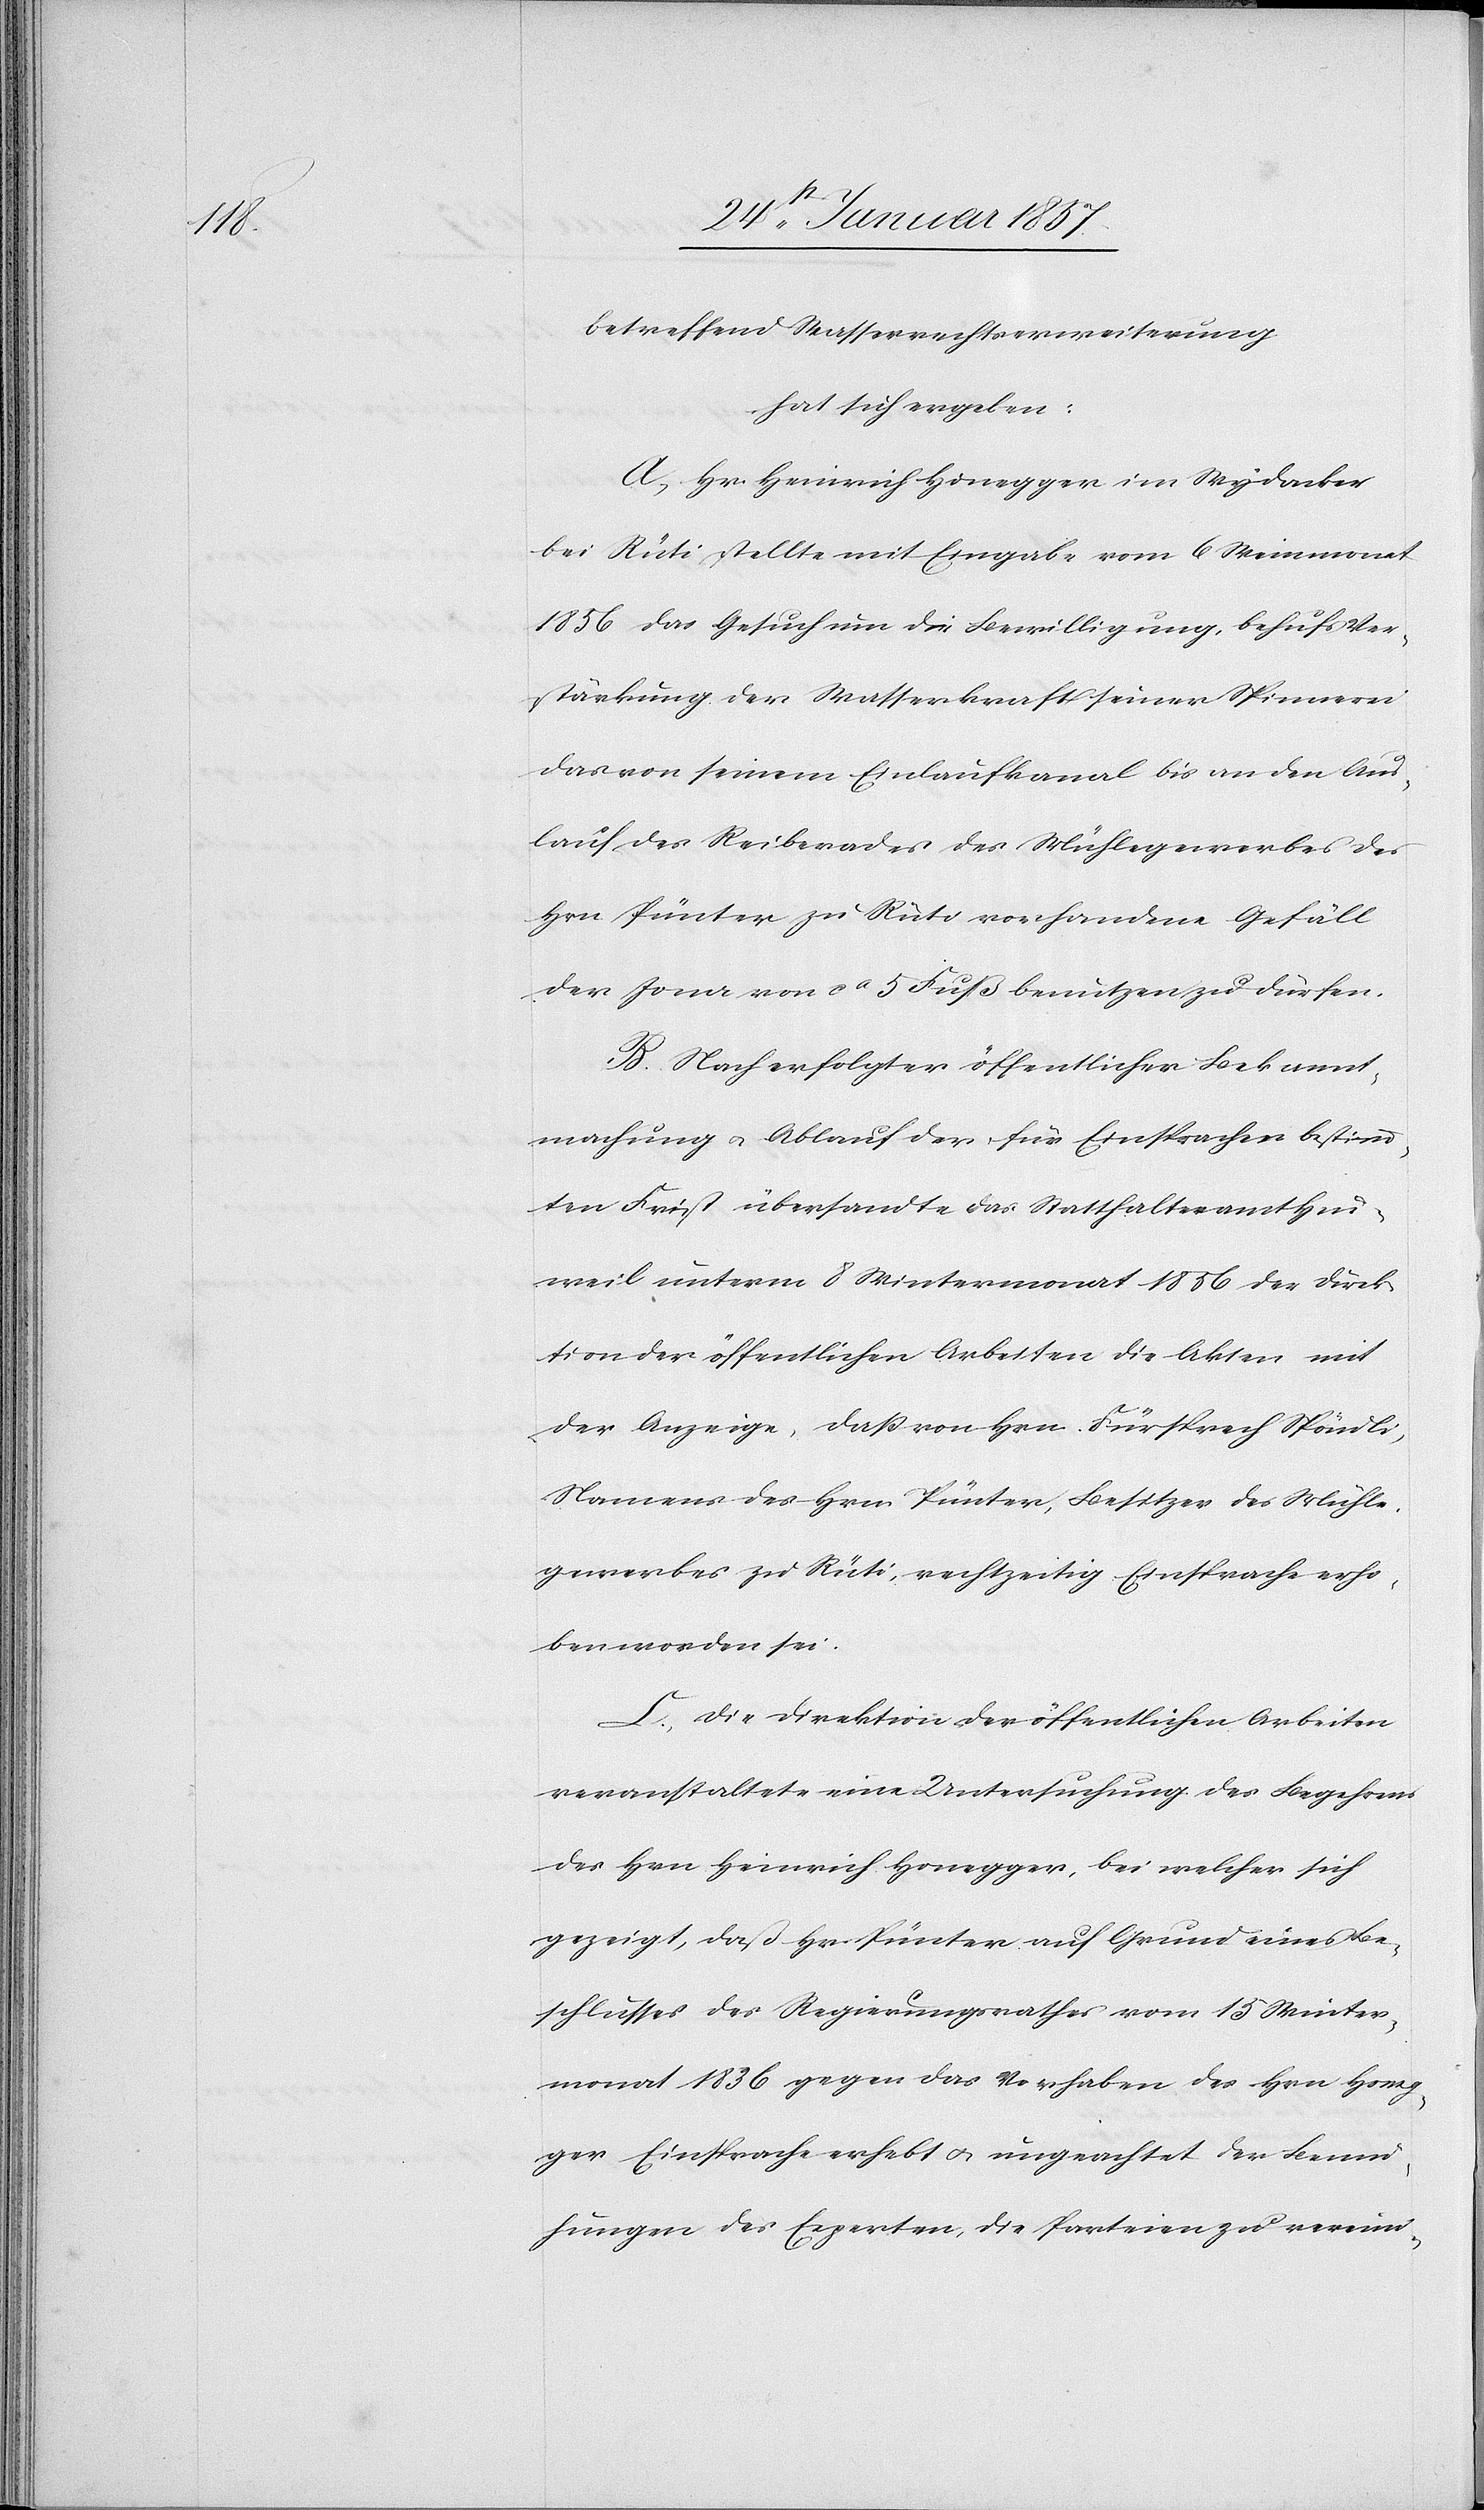
betreffend Wasserrechtserweiterung
hat sich ergeben:
A, Hr. Heinrich Honegger im Wydacker
bei Rüti stellte mit Eingabe vom 6 Meimonat
1856 das Gesuch um die Bewilligung, behufs Ver¬
stärkung der Wasserkraft seiner Spinnerei
das von seinem Einlaufkanal bis an den Aus¬
lauf, des Reiberades des Mühlegewerbes des
Hrn Pünter zu Rüti vorhandene Gefäll
der Jona von ca 5 Fuß benutzen zu dürfen.
B. Nach erfolgter öffentlicher Bekannt¬
machung u. Ablauf der für Einsprachen bestimm¬
ten Frist übersandte das Statthalteramt Hin¬
weil unterm 8 Wintermonat 1856 der Direk¬
tion der öffentlichen Arbeiten die Akten mit
der Anzeige, daß von Hrn. Fürsprech Spöndli,
Namens des Hrn Pünter, Besitzer des Mühle¬
gewerbes zu Rüti, rechtzeitig Einsprache erho¬
ben worden sei.
C. Die Direktion der öffentlichen Arbeiten
veranstaltet eine Untersuchung des Begehrens
des Hrn Heinrich Honegger, bei welcher sich
gezeigt, daß Hr. Pünter auf Grund eines Be¬
schlusses des Regierungsrathes vom 15 Winter¬
monat 1836 gegen das Vorhaben des Hrn Honeg¬
ger Einsprache erhebt u. ungeachtet der Bemü¬
hungen der Experten, die Parteien zu vereini-